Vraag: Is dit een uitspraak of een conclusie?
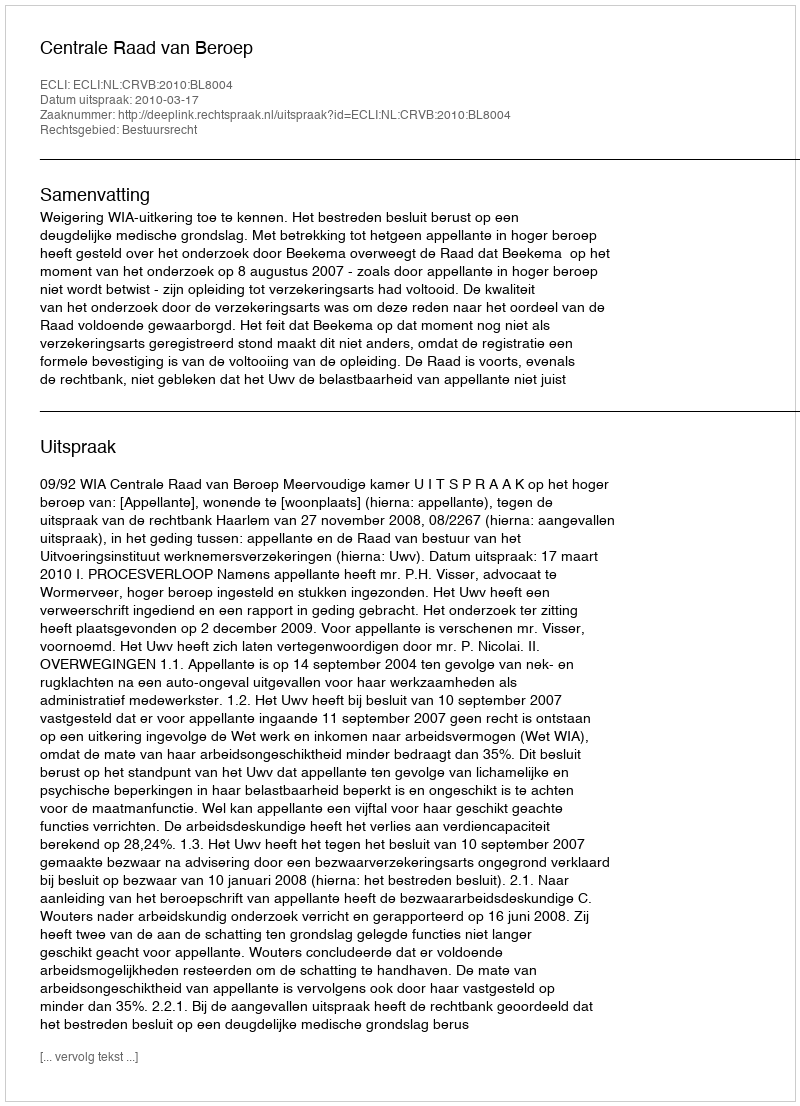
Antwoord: Uitspraak